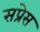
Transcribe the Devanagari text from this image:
सप्रेस